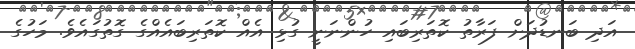
އަދި ބަނޑުދަށް ފަރާތު ކޮތަރިބައި ހުންނަނީ ގުޅި އެއް ކޮތަރިބައެއްގެ ގޮތުގައެވެ. މަހުގެ